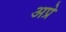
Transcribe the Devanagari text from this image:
अप्रे